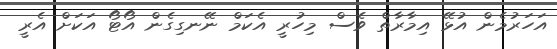
އަހަރުމެން އުޅޭ އިމާރާތް ވެސް މިހުރީ އެކަމް ނޭނގިގެން އޯޓޯ އަކަށް އެރީ